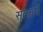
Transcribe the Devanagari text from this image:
सत्कर्मे